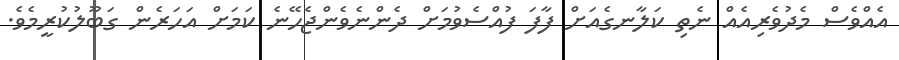
އެއްވެސް މެދުވެރިއެއް ނެތި ކަލާނގެއަށް ފާފަ ފުއްސެވުމަށް ދެންނެވެންޖެހޭނެ ކަމަށް އަހަރެން ގަބޫލުކުރީމެވެ.